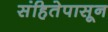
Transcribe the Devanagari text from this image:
संहितेपासून